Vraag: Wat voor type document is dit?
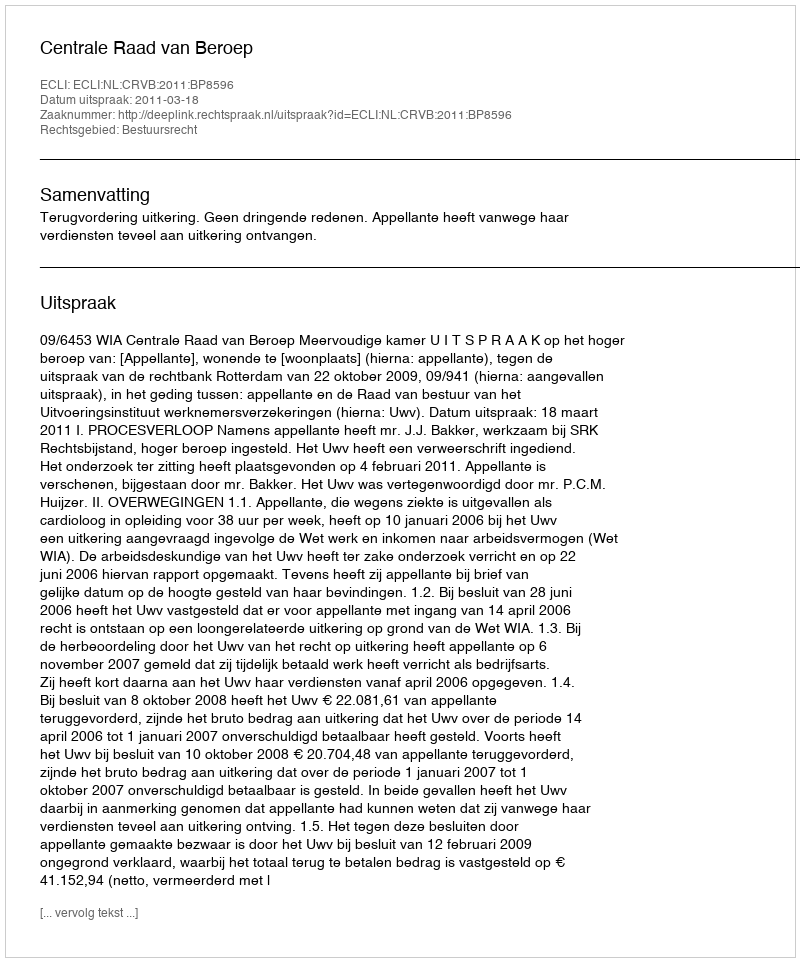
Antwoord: Uitspraak